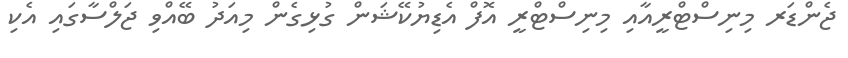
ޖެންޑަރ މިނިސްޓްރީއާއި މިނިސްޓްރީ އޮފް އެޑިޔުކޭޝަން ގުޅިގެން މިއަދު ބޭއްވި ޖަލްސާގައި އެކި